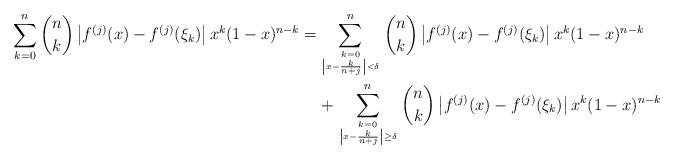
LaTeX: \begin{align*}\sum_{k=0}^n \binom{n}{k} \left| f^{(j)}(x) - f^{(j)}(\xi_k) \right| x^k (1-x)^{n-k} = & \sum_{k=0 \atop \left| x - \frac{k}{n+j} \right| < \delta}^n \binom{n}{k} \left| f^{(j)}(x) - f^{(j)}(\xi_k) \right| x^k (1-x)^{n-k} \\& + \sum_{k=0 \atop \left| x - \frac{k}{n+j} \right| \ge \delta}^n \binom{n}{k} \left| f^{(j)}(x) - f^{(j)}(\xi_k) \right| x^k (1-x)^{n-k}\end{align*}